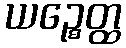
ယဉ္စေတ္ထ